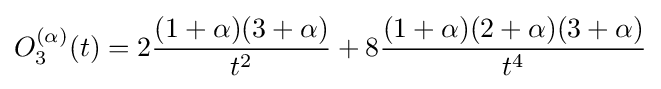
O_{3}^{(\alpha )}(t)=2{\frac {(1+\alpha )(3+\alpha )}{t^{2}}}+8{\frac {(1+\alpha )(2+\alpha )(3+\alpha )}{t^{4}}}